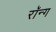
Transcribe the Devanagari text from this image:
रॉन्ग